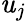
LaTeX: \mathit{u}_{j}